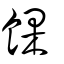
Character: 餜